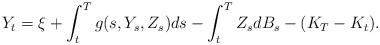
LaTeX: \begin{align*}Y_{t}=\xi+\int_{t}^{T}g(s,Y_{s},Z_{s})ds-\int_{t}^{T}Z_{s}dB_{s}-(K_{T}-K_{t}). \end{align*}